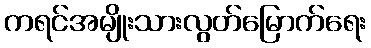
ကရင်အမျိုးသားလွတ်မြောက်ရေး